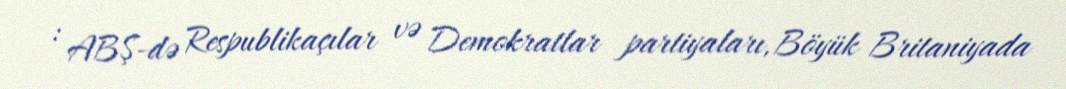
: ABŞ-də Respublikaçılar və Demokratlar partiyaları, Böyük Britaniyada